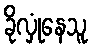
ခိုလှုံနေသူ